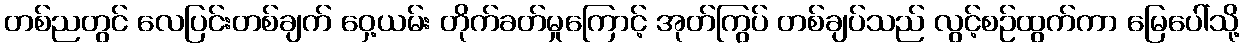
တစ်ညတွင် လေပြင်းတစ်ချက် ဝှေ့ယမ်း တိုက်ခတ်မှုကြောင့် အုတ်ကြွပ် တစ်ချပ်သည် လွင့်စဉ်ထွက်ကာ မြေပေါ်သို့